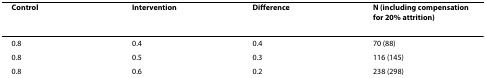
| Control | Intervention | Difference | N (including compensation for 20% attrition) |
 | --- | --- | --- | --- |
 | 0.8 | 0.4 | 0.4 | 70 (88) |
 | 0.8 | 0.5 | 0.3 | 116 (145) |
 | 0.8 | 0.6 | 0.2 | 238 (298) |